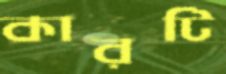
কারটি